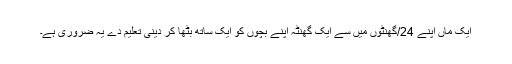
ایک ماں اپنے 24/گھنٹوں میں سے ایک گھنٹہ اپنے بچوں کو ایک ساتھ بٹھا کر دینی تعلیم دے یہ ضروری ہے۔